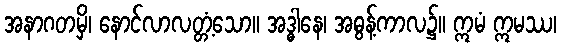
အနာဂတမှိ၊ နောင်လာလတ္တံ့သော။ အဒ္ဓါနေ၊ အဓွန့်ကာလ၌။ ဣမံ ဣမဿ၊